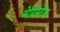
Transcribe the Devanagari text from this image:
मेरिस्टेम